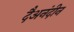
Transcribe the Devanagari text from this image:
दैअनंदीन